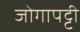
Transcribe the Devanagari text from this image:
जोगापट्टी